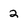
Character: 2